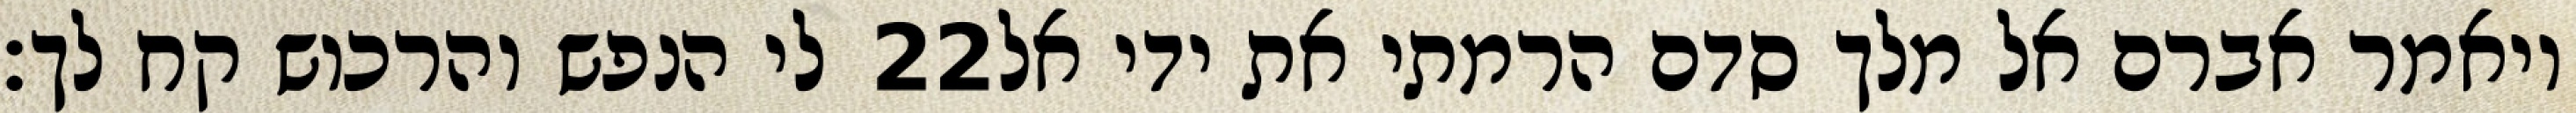
לי הנפש והרכוש קח לך׃ ‎22‏ ויאמר אברם אל מלך סדם הרמתי את ידי אל